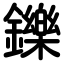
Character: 鑠